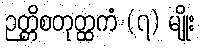
ဉတ္တိစတုတ္ထကံ (၇) မျိုး